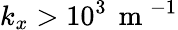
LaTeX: k_{x}>10^{3}\, \mathrm{~m~}^{-1}